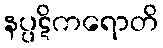
နပ္ပဋိကရောတိ